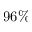
9 6 \%